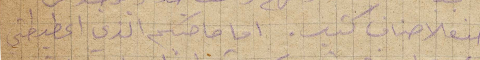
هذه الأصناف كتير. اما صاحبكم الذي اعطيطني